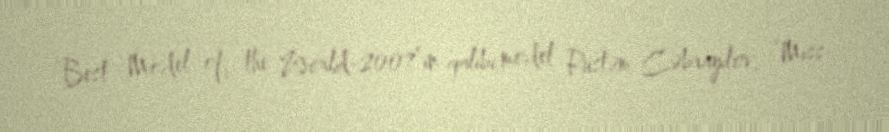
“Best Model of the World-2007”in qalibi model Rüstəm Cəbrayılov, “Miss